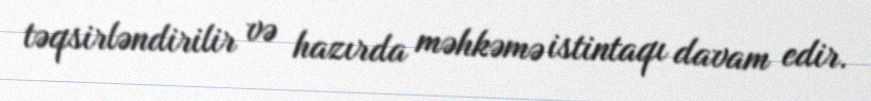
təqsirləndirilir və hazırda məhkəmə istintaqı davam edir.